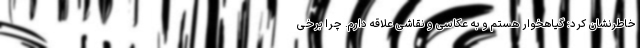
خاطرنشان کرد: گیاهخوار هستم و به عکاسی و نقاشی علاقه دارم. چرا برخی